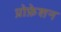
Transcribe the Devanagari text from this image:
प्रोफ़ेशन